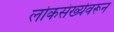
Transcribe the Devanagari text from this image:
लोकसंख्येवरून